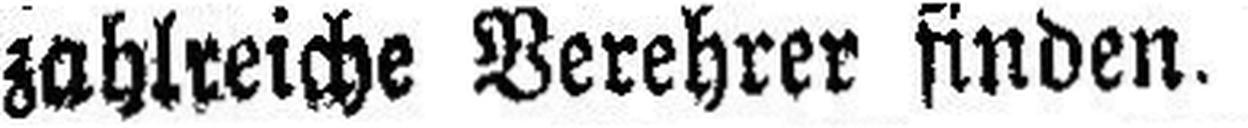
zahlreiche Verehrer finden.